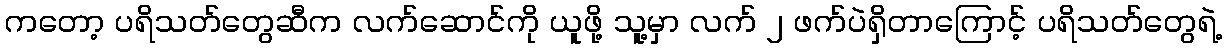
ကတော့ ပရိသတ်တွေဆီက လက်ဆောင်ကို ယူဖို့ သူ့မှာ လက် ၂ ဖက်ပဲရှိတာကြောင့် ပရိသတ်တွေရဲ့